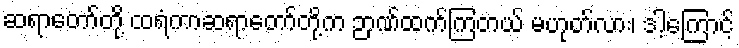
ဆရာတော်တို့ ထရံကာဆရာတော်တို့က ဉာဏ်ထက်ကြတယ် မဟုတ်လား၊ ဒါ့ကြောင့်